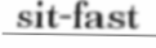
sit-fast